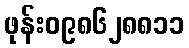
ဖုန်း၀၉၈၆၂၈၈၁၁